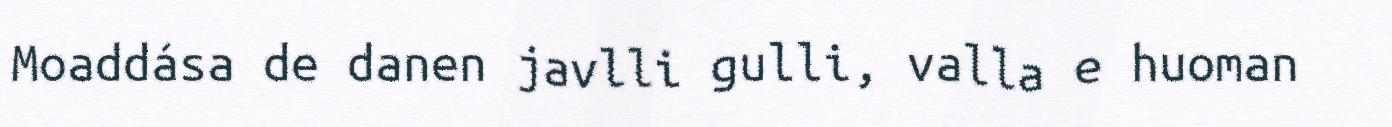
Moaddása de danen javlli gulli, valla e huoman